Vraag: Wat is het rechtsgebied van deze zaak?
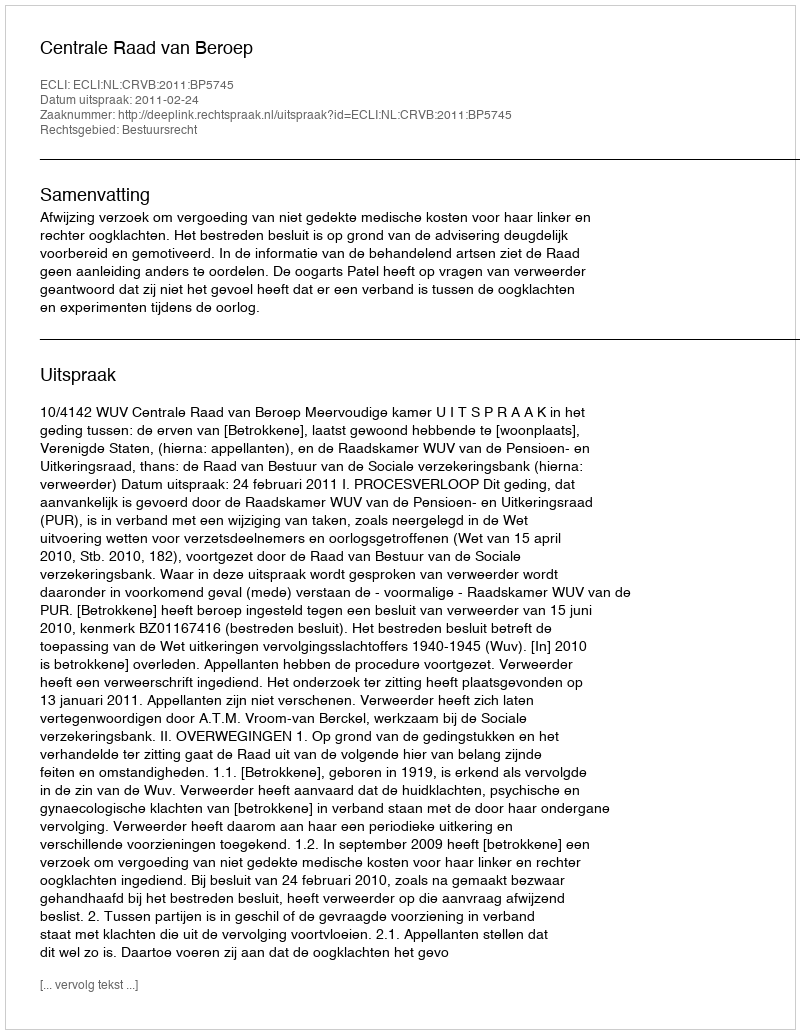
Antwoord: Bestuursrecht